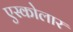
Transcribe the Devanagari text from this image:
एस्कोलार